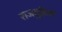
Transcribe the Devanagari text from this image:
राजदुहिता